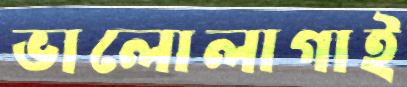
ভালোলাগাই